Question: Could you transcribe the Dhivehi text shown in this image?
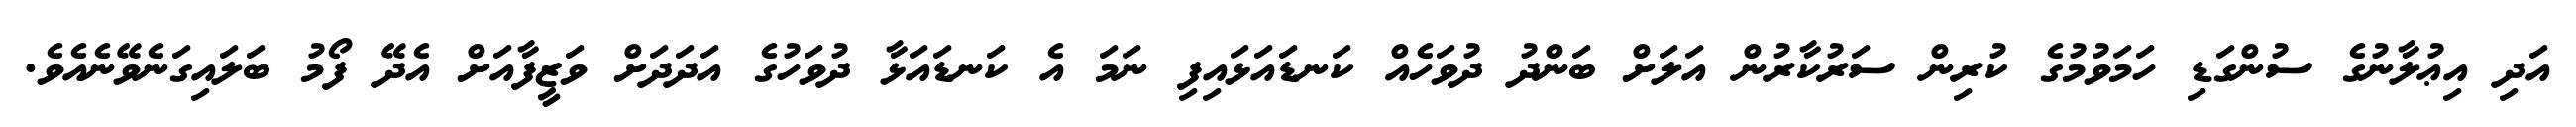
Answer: އަދި އިޢުލާނުގެ ސުންގަޑި ހަމަވުމުގެ ކުރިން ސަރުކާރުން އަލަށް ބަންދު ދުވަހެއް ކަނޑައަޅައިފި ނަމަ އެ ކަނޑައަޅާ ދުވަހުގެ އަދަދަށް ވަޒީފާއަށް އެދޭ ފޯމު ބަލައިގަނެވޭނެއެވެ.